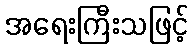
အရေးကြီးသဖြင့်